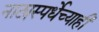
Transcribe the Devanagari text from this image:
नाट्यस्पर्धेच्याही